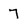
Character: 7